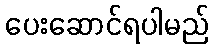
ပေးဆောင်ရပါမည်